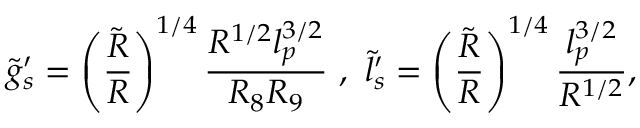
\tilde { g } _ { s } ^ { \prime } = \left( \frac { \tilde { R } } { R } \right) ^ { 1 / 4 } \frac { R ^ { 1 / 2 } l _ { p } ^ { 3 / 2 } } { R _ { 8 } R _ { 9 } } \ , \ \tilde { l } _ { s } ^ { \prime } = \left( \frac { \tilde { R } } { R } \right) ^ { 1 / 4 } \frac { l _ { p } ^ { 3 / 2 } } { R ^ { 1 / 2 } } ,